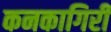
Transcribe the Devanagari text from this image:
कनकागिरी